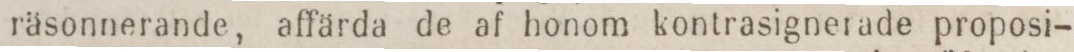
räsonnerande, affärda de af honom kontrasignerade proposi-